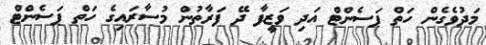
މަދުވެގެން ހަތް ޕަސެންޓް އަދި ވަޒީފާ ދޭ ފަރާތުން މުސާރައިގެ ހަތް ޕަސެންޓް